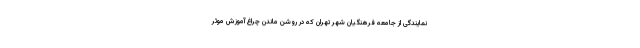
نمایندگی از جامعه فرهنگیان شهر تهران که در روشن ماندن چراغ آموزش موثر